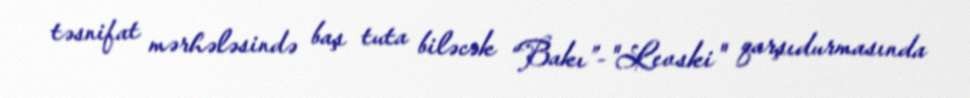
təsnifat mərhələsində baş tuta biləcək “Bakı”-"Levski" qarşıdurmasında